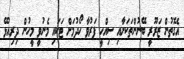
އެގޮތުން ޒަރޫރީ ބޭނުންތަކަށާއި ސިއްހީ ފަރުވާ ހޯދުމަށް ޓަކައި މެނުވީ މީހުން ދިރިއުޅޭ